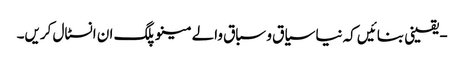
- یقینی بنائیں کہ نیا سیاق و سباق والے مینو پلگ ان انسٹال کریں۔